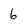
Character: 6